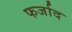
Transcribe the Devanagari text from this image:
फर्जाद